Annual returns of the Patna Lunatic Asylum at Bankipore in Bihar and Orissa - 1912-1924
Year: 1912
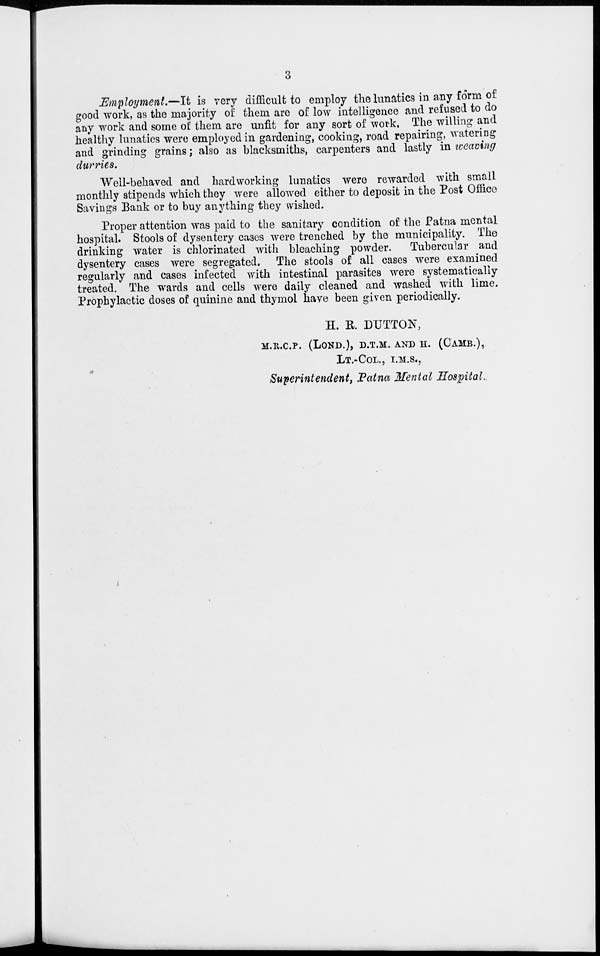
3
Employment.—It is very difficult to employ the lunatics in any form of
good work, as the majority of them are of low intelligence and refused to do
any work and some of them are unfit for any sort of work, The willing and
healthy lunatics were employed in gardening, cooking, road repairing, watering
and grinding grains; also as blacksmiths, carpenters and lastly in weaving
durries.
Well-behaved and hardworking lunatics were rewarded with small
monthly stipends which they were allowed either to deposit in the Post Office
Savings Bank or to buy anything they wished.
Proper attention was paid to the sanitary condition of the Patna mental
hospital. Stools of dysentery cases were trenched by the municipality. The
drinking water is chlorinated with bleaching powder. Tubercular and
dysentery cases were segregated. The stools of all cases were examined
regularly and cases infected with intestinal parasites were systematically
treated. The wards and cells were daily cleaned and washed with lime.
Prophylactic doses of quinine and thymol have been given periodically.
H. E. DUTTON,
M.R.C.P. (LOND.), D.T.M. AND H. (CAMB.),
LT.-COL., I.M.S.,
Superintendent, Patna Mental Hospital,